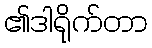
၏ဒါရိုက်တာ